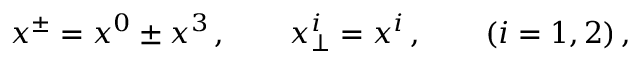
x ^ { \pm } = x ^ { 0 } \pm x ^ { 3 } \, , \quad \quad x _ { \bot } ^ { i } = x ^ { i } \, , \quad \quad ( i = 1 , 2 ) \, ,